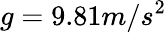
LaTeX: g=9.81m/s^{2}